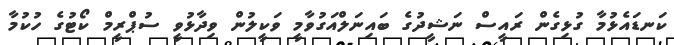
ކަނޑައެޅުމާ ގުޅިގެން ރައީސް ނަޝީދުގެ ބައިނަލްއަގުވާމީ ވަކީލުން ވިދާޅުވީ ސުޕްރީމް ކޯޓުގެ ހުކުމާ